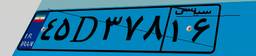
۴۵D۳۷۸۱۶